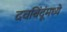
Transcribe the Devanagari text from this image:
दवबिंदूंमध्ये